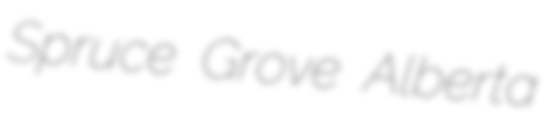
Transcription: Spruce Grove Alberta